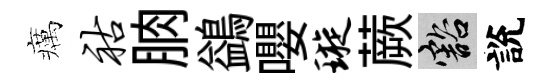
癘祜朒鷁嚶璇蕨豁說